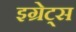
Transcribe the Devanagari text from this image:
इग्रेट्स